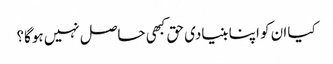
کیا ان کو اپنا بنیادی حق کبھی حاصل نہیں ہوگا؟